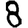
Digit: 8